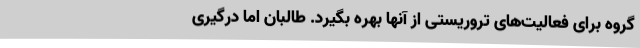
گروه برای فعالیت‌های تروریستی از آنها بهره بگیرد. طالبان اما درگیری